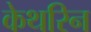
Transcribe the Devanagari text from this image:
केथरिन